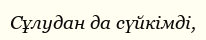
Сұлудан да сүйкімді,